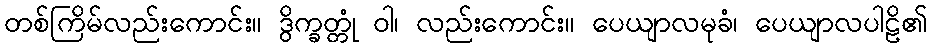
တစ်ကြိမ်လည်းကောင်း။ ဒွိက္ခတ္တုံ ဝါ၊ လည်းကောင်း။ ပေယျာလမုခံ၊ ပေယျာလပါဠိ၏